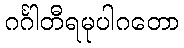
ဂင်္ဂါတီရမုပါဂတော